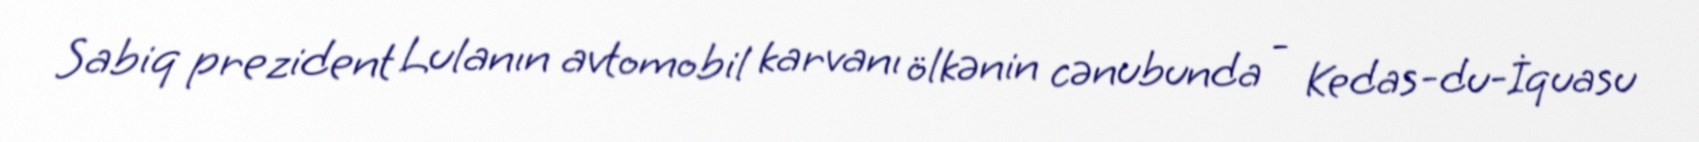
Sabiq prezident Lulanın avtomobil karvanı ölkənin cənubunda - Kedas-du-İquasu